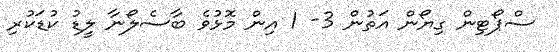
ސްޕޯޓިން ގިޔޯން އަތުން 3- 1 އިން މޮޅުވެ ބާސެލޯނާ ލީޑު ކުޑަކުރި